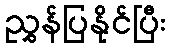
ညွှန်ပြနိုင်ပြီး